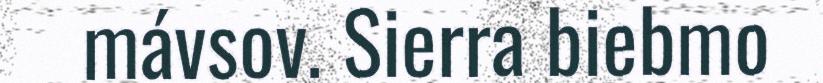
mávsov. Sierra biebmo